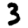
Digit: 3